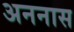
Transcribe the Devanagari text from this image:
अननास